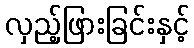
လှည့်ဖြားခြင်းနှင့်